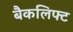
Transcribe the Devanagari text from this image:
बैकलिफ्ट